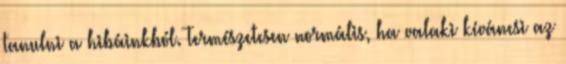
tanulni a hibáinkból. Természetesen normális, ha valaki kíváncsi az